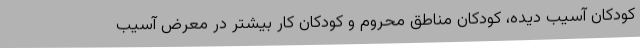
کودکان آسیب دیده، کودکان مناطق محروم و کودکان کار بیشتر در معرض آسیب